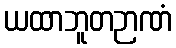
ယထာဘူတဉာဏံ